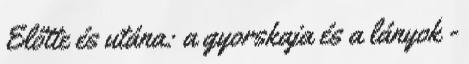
Előtte és utána: a gyorskaja és a lányok -